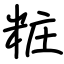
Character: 粧